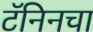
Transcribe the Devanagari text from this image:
टॅनिनचा